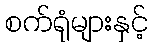
စက်ရုံများနှင့်